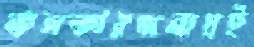
কলকারখানায়ই